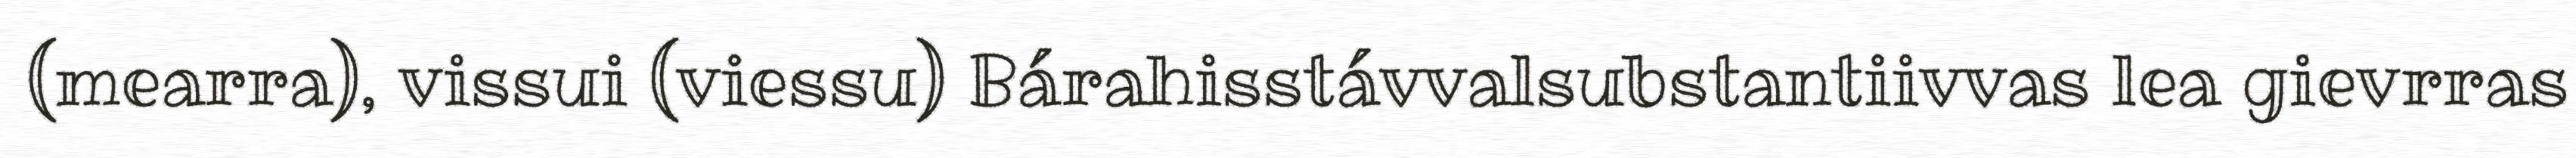
(mearra), vissui (viessu) Bárahisstávvalsubstantiivvas lea gievrras